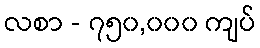
လစာ - ၇၅၀,၀၀၀ ကျပ်